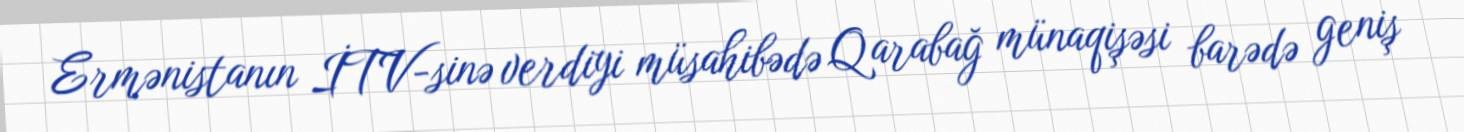
Ermənistanın İTV-sinə verdiyi müsahibədə Qarabağ münaqişəsi barədə geniş